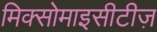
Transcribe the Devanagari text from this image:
मिक्सोमाइसीटीज़